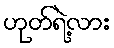
ဟုတ်ရဲ့လား